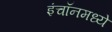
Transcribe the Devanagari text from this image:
इंचॉनमध्ये